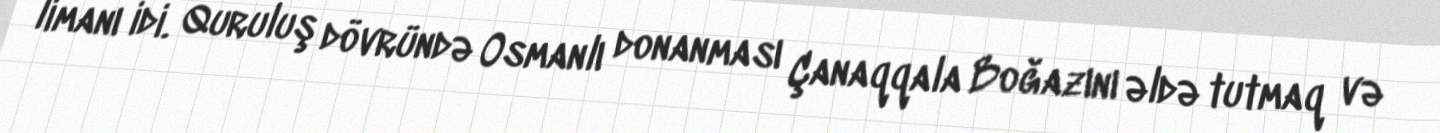
limanı idi. Quruluş dövründə Osmanlı donanması Çanaqqala Boğazını əldə tutmaq və